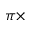
\pi \times